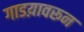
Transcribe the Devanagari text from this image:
गाडय़ावरून